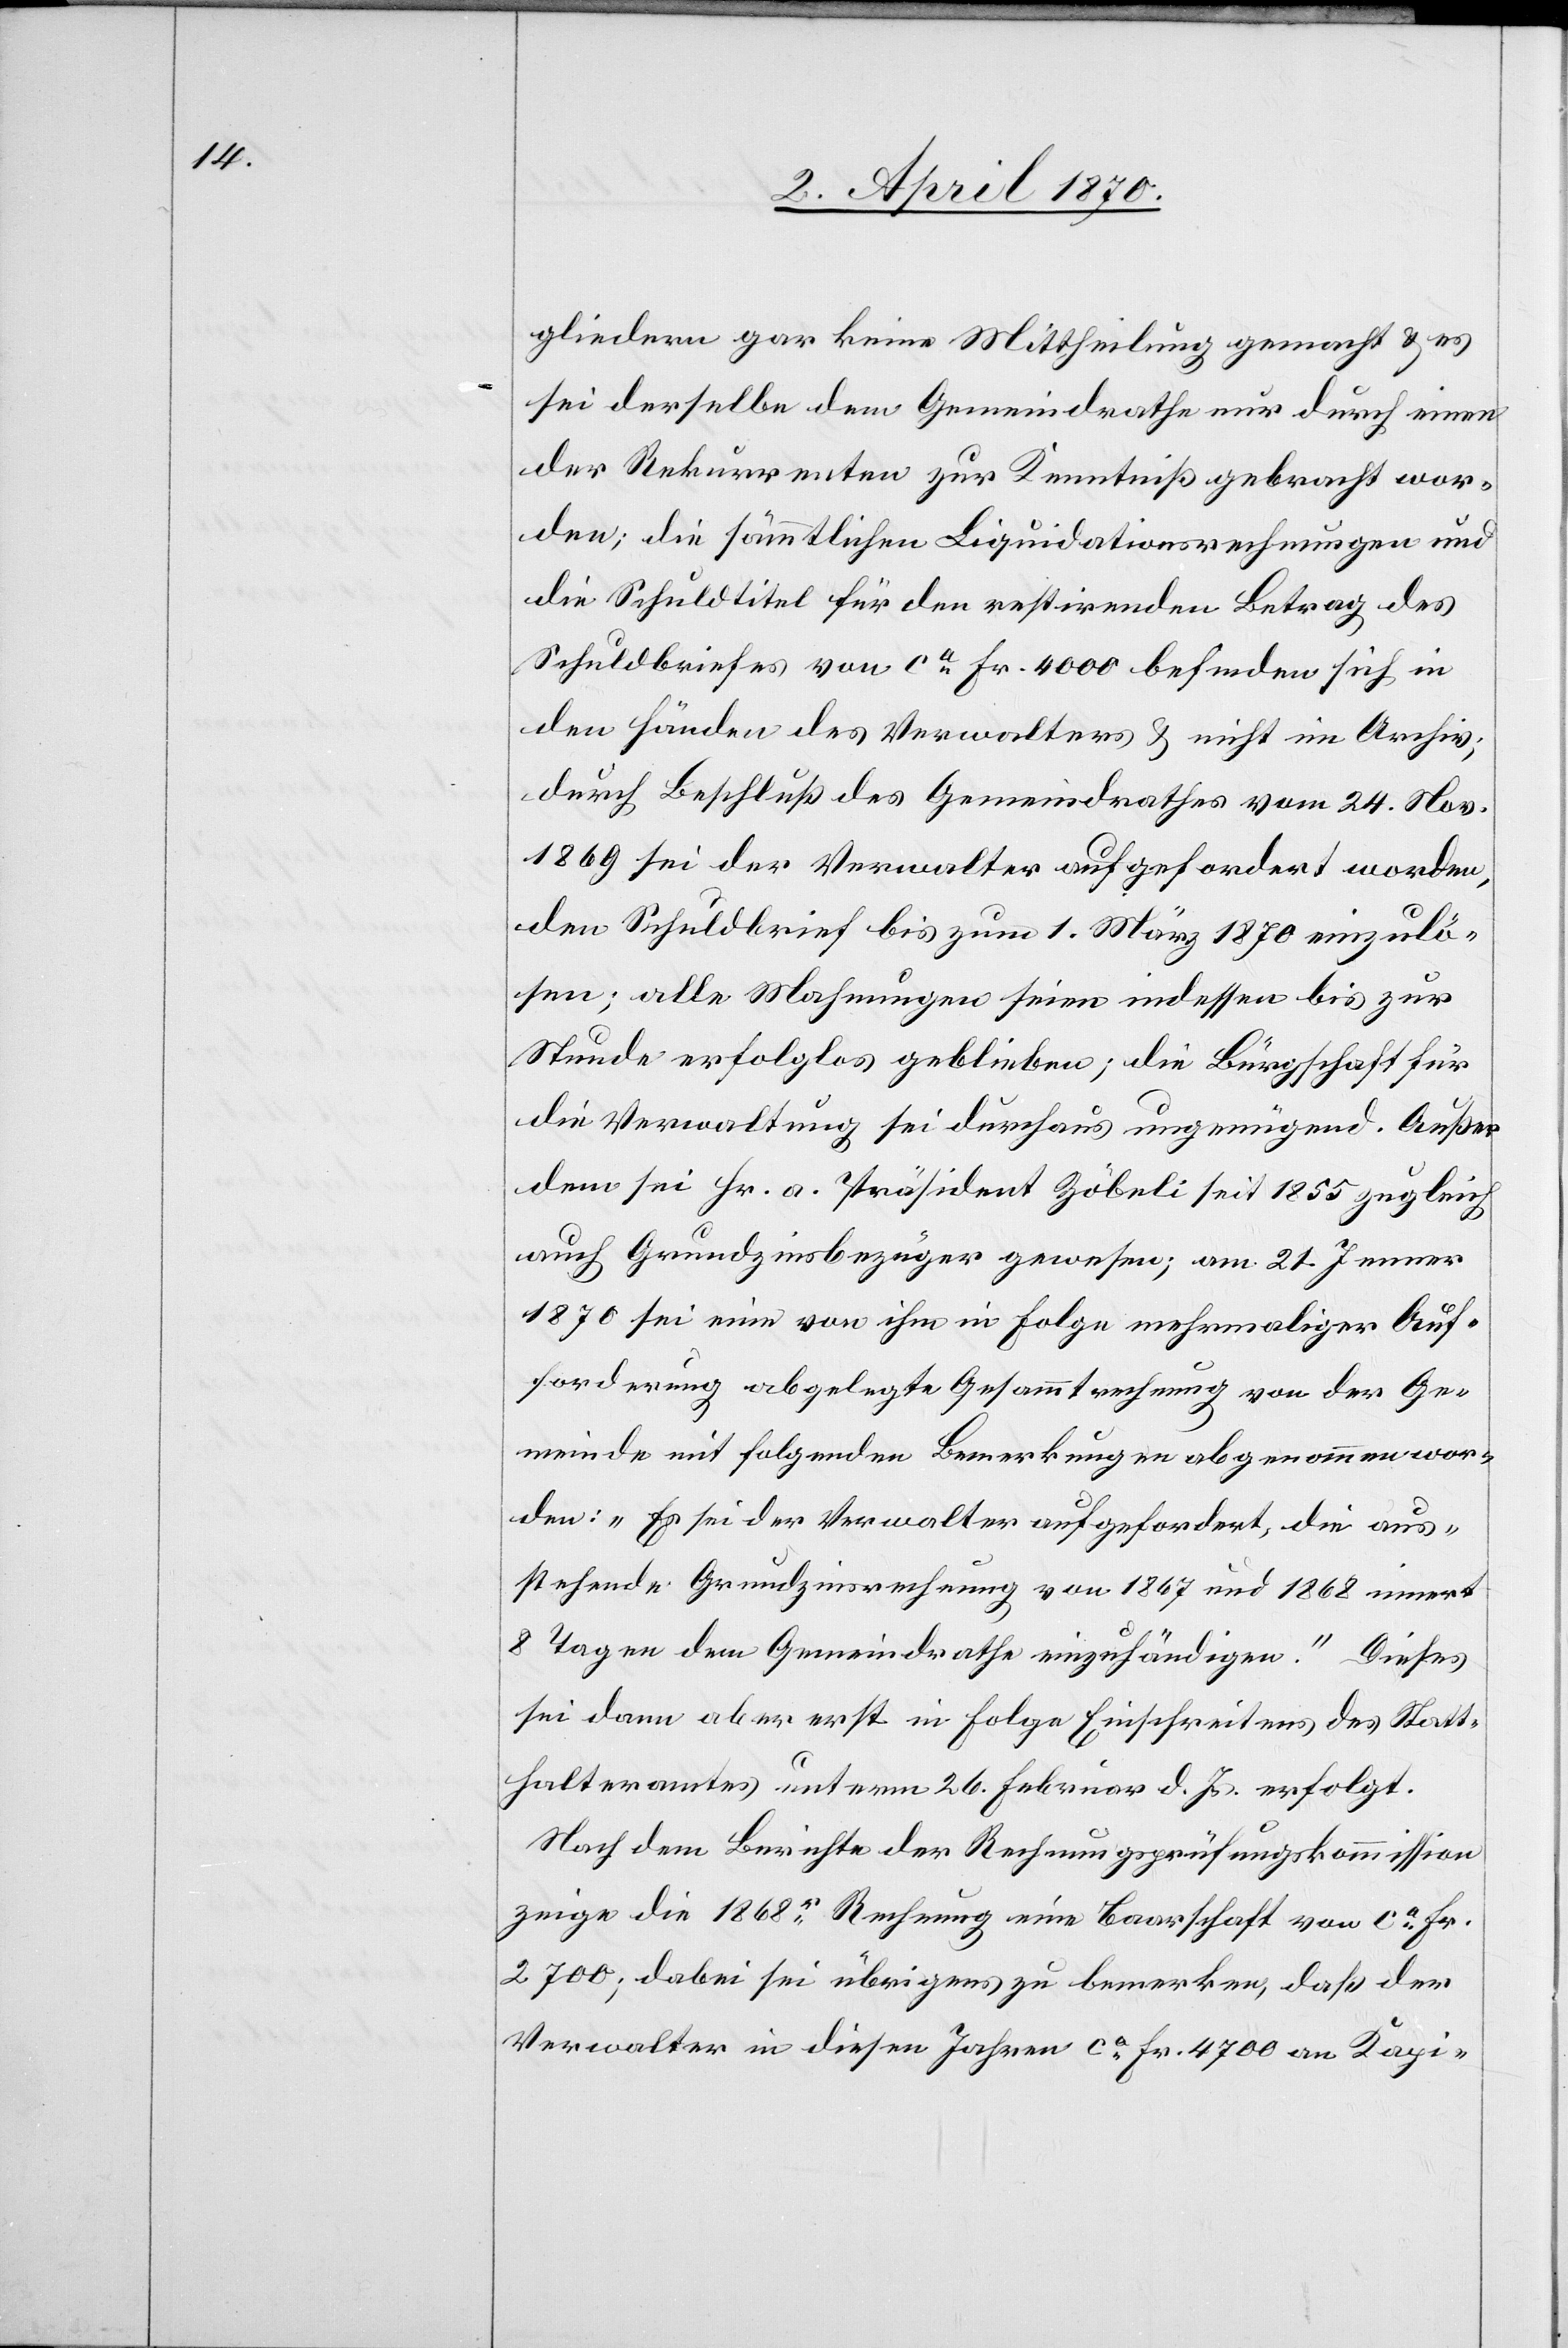
gliedern gar keine Mittheilung gemacht & es
sei derselbe dem Gemeindrathe nur durch einen
der Rekurrenten zur Kenntniß gebracht wor¬
den; die sämmtlichen Liquidationsrechnungen und
die Schuldtitel für den restirenden Betrag des
Schuldbriefes von ca Fr. 4000 befinden sich in
den Händen des Verwalters & nicht im Archiv;
durch Beschluß des Gemeindrathes vom 24. Nov.
1869 sei der Verwalter aufgefordert worden,
den Schuldbrief bis zum 1. März 1870 einzulö¬
sen; alle Mahnungen seien indessen bis zur
Stunde erfolglos geblieben; die Bürgschaft für
die Verwaltung sei durchaus ungenügend. Außer
dem sei Hr. a. Präsident Zöbeli seit 1855 zugleich
auch Grundzinsbezüger gewesen; am 21. Jenner
1870 sei eine von ihm in Folge mehrmaliger Auf¬
forderung abgelegte Gesammtrechnung von der Ge¬
meinde mit folgenden Bemerkungen abgenommen wor¬
den: „Es sei der Verwalter aufgefordert, die aus¬
stehende Grundzinsrechnung von 1867 und 1868 innert
8 Tagen dem Gemeindrathe einzuhändigen.“ Dieses
sei dann aber erst in Folge Einschreitens des Statt¬
halteramtes unterm 26. Februar d. Js. erfolgt.
Nach dem Berichte der Rechnungsprüfungskommission
zeige die 1868r Rechnung eine Baarschaft von ca Fr.
2700; dabei sei übrigens zu bemerken, daß der
Verwalter in diesen Jahren ca Fr. 4700 an Kapi-